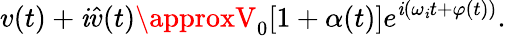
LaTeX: v(t)+\mathit{i}\hat{{v}}(t)\approxV_{0}[1+\alpha(t)]e^{\mathit{i}(\omega_{\mathit{i}}t+\varphi(t))}.